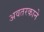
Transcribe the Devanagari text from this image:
अवतरकाने